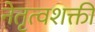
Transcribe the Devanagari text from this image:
नेतृत्वशक्ती